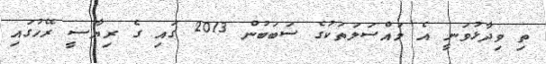
ތި ވިދާޅުވަނީ އެ މައްސަލަތަކުގެ ސަބަބުން 2013 ގައި ގެ ރިޔާސީ ރޭހުގައި